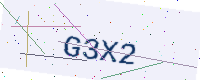
Text: G3X2